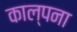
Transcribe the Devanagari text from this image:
काल्पना